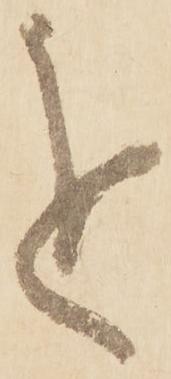
を